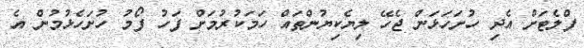
ފްލެޓަށް އެދި ހުށަހަޅަން ޖެހޭ ލިޔެކިޔުންތައް ހަމަކުރުމަށް ފަހު ފޯމު ހުށަހެޅުމުން އެ